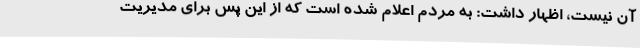
آن نیست، اظهار داشت: به مردم اعلام شده است که از این پس برای مدیریت